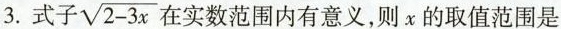
3.式子\sqrt{2-3x}在实数范围内有意义，则x的取值范围是